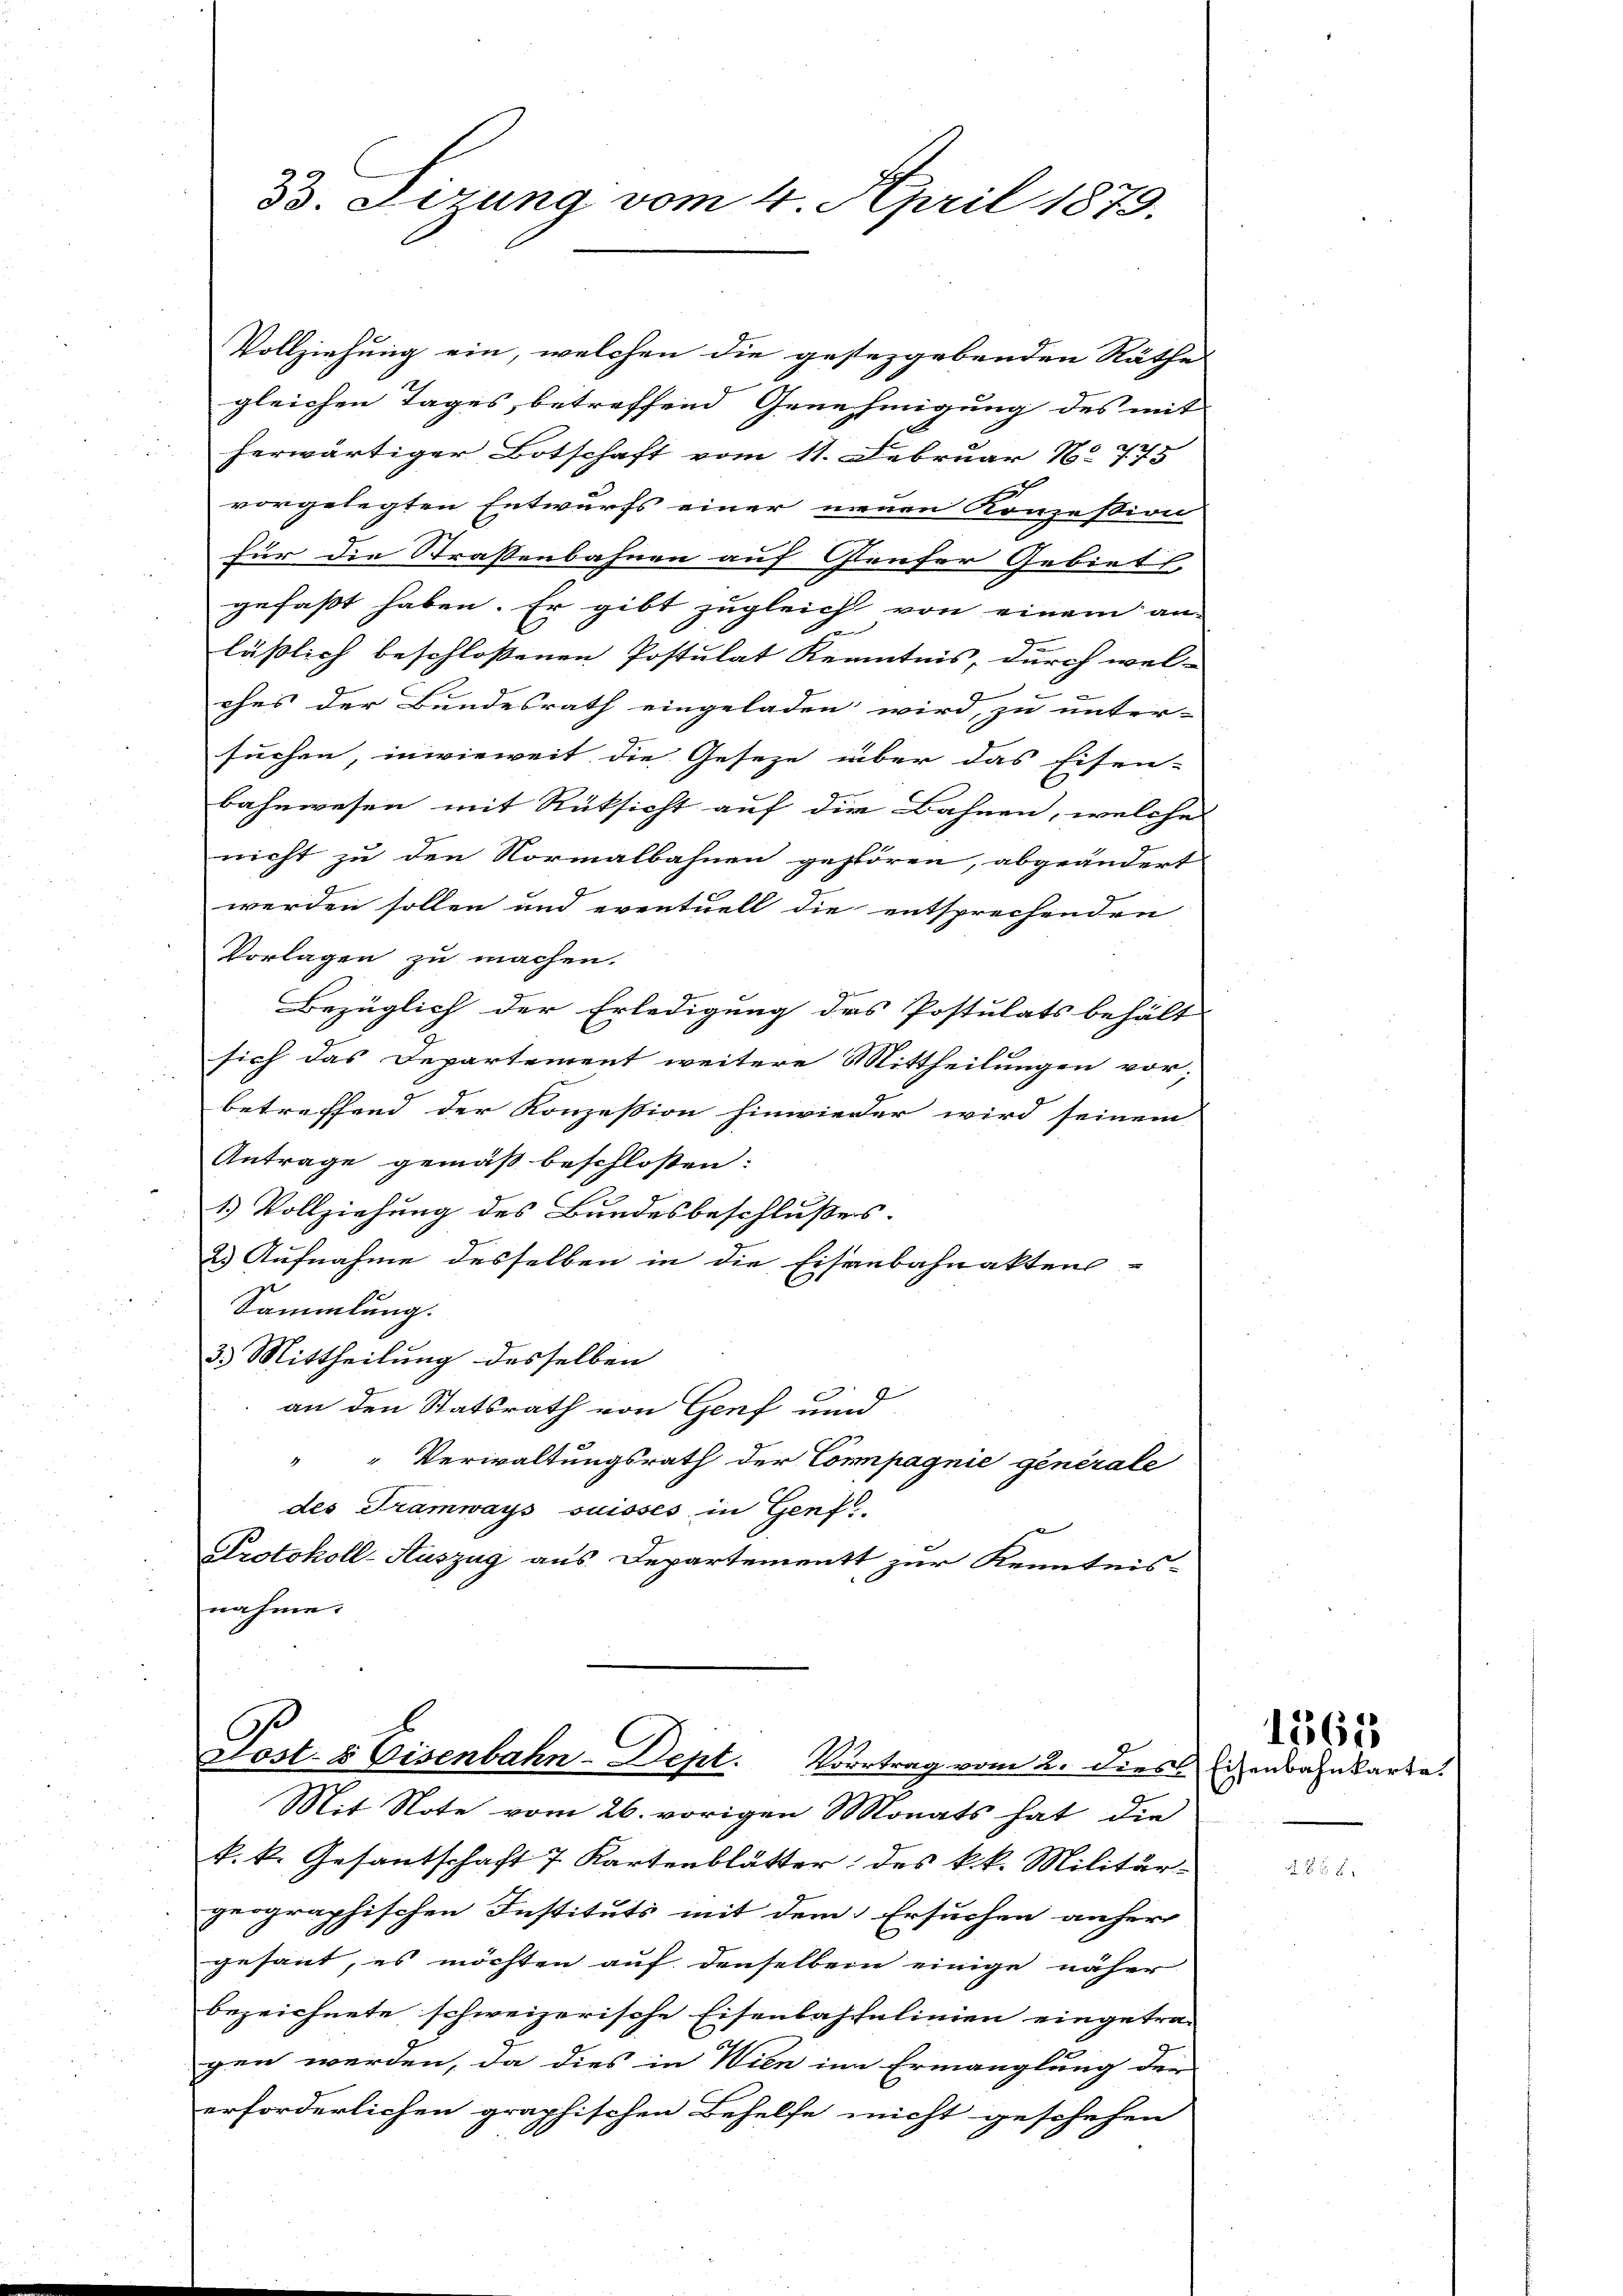
33. Sizung vom 4. April 1879.

Vollziehung ein, welchen die gestergebenden Räthe
gleichen Tages, betreffend Genehmigung des mit
herwärtiger Botschaft vom 11. Februar N. 775
f
vorgelegten Entwurfs einer neuen Konzession
für die Straßenbahnen auf Gauser Gebiet
gefaßt haben. Er gibt zugleich von einem an-
E
läßlich beschlossenen Postulat Kenntnis, durch wel-
ches der Bundesrath eingeladen wird, zu unter-
suchen, inwieweit die Geseze über das Eisen-
bahnwesen mit Rüksicht auf die Bahnen, welche
nicht zu den Normalbahnen gestören, abgeändert
werden sollen und eventuell die entsprechenden
Vorlagen zu machen.
Bezüglich der Erledigung des Postulats behält
sich das Departement weitere Mittheilungen vor;
betreffend der Konzession hinwieder wird seinem
Antrage gemäß beschlossen:
1) Vollziehung des Bundesbeschlußes.
2.) Aufnahme desselben in die Eisenbahnakten
Sammlung.
33 Mittheilung desselben
an den Statsrath von Genf und
" Verwaltungsrath der Compagnie generale
des Tramways suisses in Genf
Protokoll-Auszug aus. Departement zur Kenntnis-
nahme.

k. k. Gesantschaft 7 Kartenblätter, des k.k. Militärgeographischen Instituts mit dem Ersuchen anher
gesant, es möchten auf denselben einige näher
bezeichnete schweizerische Eisenbahsulinien eingetra-
gen werden, da dies in Wien im Ermanglung der
erforderlichen graphischen Behelfe nicht geschehen

Post- & Eisenbahn-Dept. Vortrag vom 2. dies schenbahnkarte.
Mit Note vom 26. vorigen Monats hat die

1561